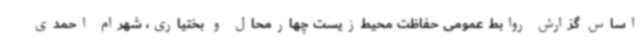
اساس گزارش روابط عمومی حفاظت محیط‌زیست چهارمحال و بختیاری، شهرام احمدی